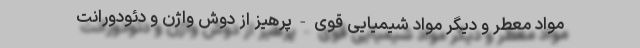
مواد معطر و دیگر مواد شیمیایی قوی - پرهیز از دوش واژن و دئودورانت